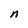
Character: n